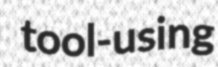
tool-using